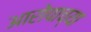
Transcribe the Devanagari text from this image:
आरोपाच्या